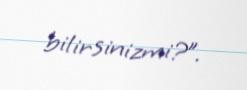
bilirsinizmi?”.